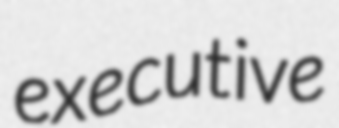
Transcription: executive